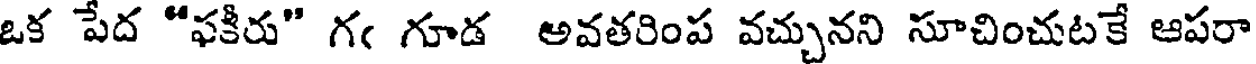
ఒక పేద "ఫకీరు" గఁ గూడ అవతరింప వచ్చునని సూచించుటకే ఆపరా